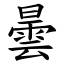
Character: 曇